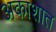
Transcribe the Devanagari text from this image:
अकाशात